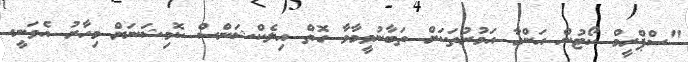
"ސްޕްރީމް ކޯޓުން އަންގާ އަމުރުތަކަށް ތަބާނުވީމާވާ ގޮތް އިލެކްޝަންސް ކޮމިޝަނަށް މިހާރު އެވަނީ.